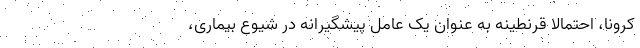
کرونا، احتمالا قرنطینه به عنوان یک عامل پیشگیرانه در شیوع بیماری،